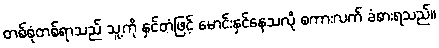
တစ်စုံတစ်ရာသည် သူ့ကို နှင်တံဖြင့် မောင်းနှင်နေသလို စကားလက် ခံစားရသည်။